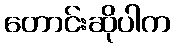
တောင်းဆိုပါက